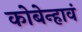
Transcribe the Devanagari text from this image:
कोबेन्हावं